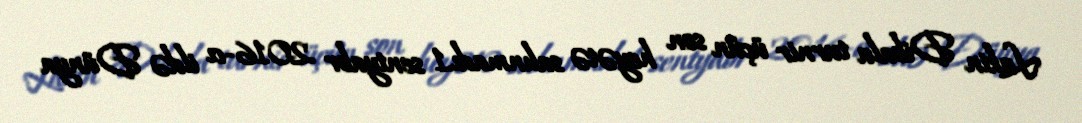
Lakin Dibala turnir üçün son heyətə salınmadı.1 sentyabr 2016-cı ildə Dünya